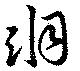
洞